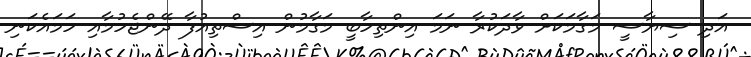
އަދި ސިޔާސީ މަގާމަކަށް ވާދަކުރާ ނަމަ އިންތިހާބީ މަގާމުން އިސްތިއުފާ ދޭންޖެހުމާއި ހަމައެކަނި